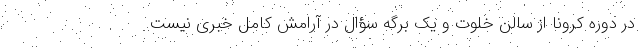
در دوره کرونا از سالن خلوت و یک برگه سؤال در آرامش کامل خبری نیست.